Vital statistics of India. Vol. IV, Annual returns from 1871 to 1876. British Army of India, Native Army and jails of Bengal
Year: 1871
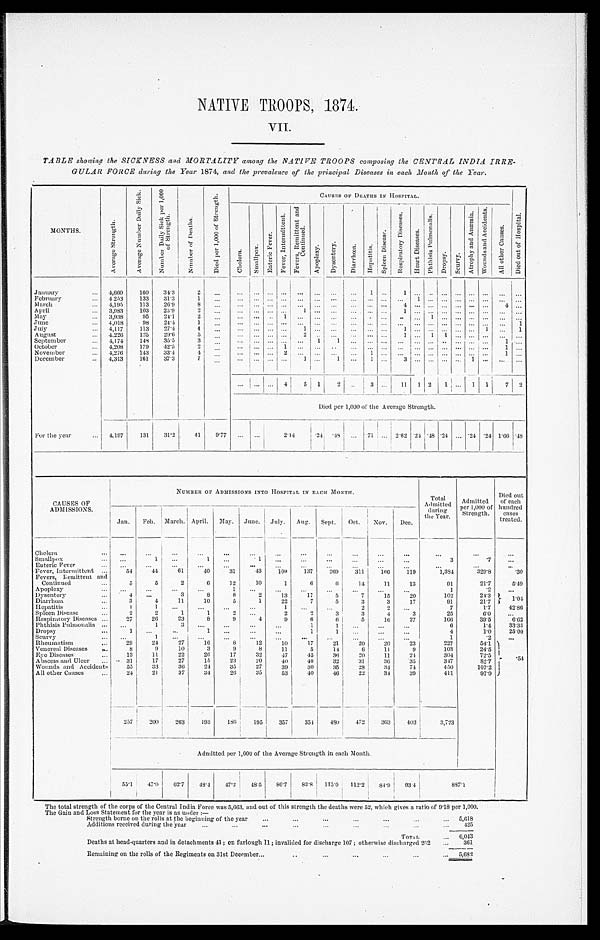
NATIVE TROOPS, 1874.
VII.
TABLE showing. the SICKNESS and MORTALITY among the NATIVE TROOPS composing the CENTRAL INDIA IRRE
-
GULAR FORCE during the Year 1874, and the prevalence of the principal Diseases in each Month of the Year.
M O N T H S .
A v e r a g e S t r e n g t h .
A v e r a g e N u m b e r D a i l y S i c k .
N u m b e r D a i l y S i c k p e r 1 , 0 0 0
o f S t r e n g t h .
N u m b e r o f D e a t h s .
D i e d p e r 1 , 0 0 0 o f S t r e n g t h .
C A U S E S O F D E A T H S I N H O S P I T A L .
D i e d o u t o f H o s p i t a l .
C h o l e r a .
S m a l l p o x .
E n t e r i c F e v e r .
F e v e r , I n t e r m i t t e n t .
F e v e r s , R e m i t t e n t a n d
C o n t i n u e d .
A p o p l e x y .
D y s e n t e r y .
D i a r r h œ a .
He p a t i t i s .
S p l e e n D i s e a s e .
R e s p i r a t o r y D i s e a s e s .
H e a r t D i s e a s e s .
P h t h i s i s P u l m o n a l i s .
Dr o p s y .
S c u r v y .
A t r o p h y a n d A n æ m i a .
Wo u n d s a n d Ac c i d e n t s .
A l l o t h e r C a u s e s .
January . . .
4,660
160
34.3
2
. . .
. . .
. . .
. . .
. . .
. . .
. . .
. . .
. . . 1
. . .
1
. . .
. . .
. . .
. . .
. . . . . .
. . .
. . .
February . . .
4, 253
133
31.3
1
. . .
. . .
. . .
. . .
. . .
. . .
. . .
. . .
. . . . . .
. . .
. . . 1
. . .
. . . . . .
. . . . . .
. . .
. . .
March . . .
4,195
113
26.9
8
. . .
. . .
. . .
. . .
. . .
. . .
. . .
. . .
. . . . . .
. . .
4 . . .
. . .
. . .
. . .
. . .. . .
4
. . .
April . . .
3,983
103
25.9
2
. . .
. . .
. . .
. . .
. . .
1
. . .
. . .
. . . . . .
. . .
1 . . .
. . .
. . .
. . .
. . . . . .
. . .
. . .
May . . .
3,938
95
2 4 . 1
2
. . .
. . .
. . .
. . .
1
. . .
. . .
. . .
. . . . . .
. . .
. . .
. . .
1
. . .
. . .
. . . . . . . . .
. . .
June . . .
4,018
98
24.4
1
. . .
. . .
. . .
. . .
. . .
. . .
. . .
. . .
. . . . . .
. . .
. . .
. . .
. . .
. . .
. . .
. . . . . .
. . .
1
July . . .
4,117
113
27.4
4
. . .
. . .
. . .
. . .
. . .
1
. . .
. . .
. . . . . .
. . .
1 . . .
. . .
. . .
. . .
. . . 1
. . .
1
August . . .
4,226
125
29.6
5
. . .
. . .
. . .
. . .
. . .
2
. . .
. . .
. . . . . .
. . .
1
. . .
1
1
. . .
. . . . . .
. . .
. . .
September . . .
4,174
148
35.5
3
. . .
. . .
. . .
. . .
. . .
. . .
1
1
. . . . . .
. . .
. . .
. . .
. . .
. . .
. . .
. . . . . .
1
. . .
October . . .
4, 208
179
42.5
2
. . .
. . .
. . .
. . . 1
. . .
. . .
. . .
. . . . . .
. . .
. . .
. . .
. . .
. . .
. . .
. . . . . .
1
. . .
November . . .
4,276
143
33.4
4
. . .
. . .
. . .
. . .
2
. . .
. . .
. . .
. . . 1
. . .
. . . . . .
. . .
. . .
. . .
. . .. . .
1
. . .
December . . .
4,313
161
37.3
7
. . .
. . .
. . .
. . .
. . .
1
. . .
1
. . . 1
. . .
3 . . .
. . .
. . .
. . .
1 . . . . . .
. . .
. . .
. . .
. . .
4
5
1
2
. . .
3
. . .
11
1 2
1
. . .
1 1
7
2
Died per 1,000 of the Average Strength.
For the year . . .
4,197
131
31.2
41
9.77
. . .
. . .
2 . 1 4
. 2 4
. 4 8
. . .
.71
. . . 2.62 .24 .48 .24
. . . .24 .24 1.66 .48
CAUSES OF
ADMISSIONS.
NUMBER OF ADMISSIONS INTO HOSPITAL IN EACH MONTH.
Total
Admitted
during
the Year.
Admitted
per 1,000 of
Strength.
Died out
of each
hundred
cases
treated.
Jan.
Feb.
March. April.
May.
J u n e .
July.
Aug.
Sept.
Oct.
Nov.
Dec.
Cholera . . .
. . .
. . .
. . .
. . .
. . .
. . .
. . .
. . .
. . .
. . .
. . .
. . .
. . .
. . .
. . .
Smallpox . . .
. . .
1
. . .
1
. . .
1
. . .
. . .
. . .
. . .
. . .
. . .
3
.7
. . .
Enteric Fever . . .
. . .
. . .
. . .
. . .
. . .
. . .
. . .
. . .
. . .
. . .
. . .
. . .
. . .
. . .
. . .
Fever, Intermittent . . .
54
44
61
40
31
43
109
137
269
311
166
119
1,384
329.8
.30
Fevers, Remittent and
Continued . . .
5
5
2
6
12
10
1
6
6
14
11
13
91
21.7
5.49
Apoplexy . . .
. . .
. . .
. . .
. . .
1
. . .
. . .
. . .
. . .
. . .
. . .
. . .
1
.2
. . .
Dysentery . . .
4
. . .
3
8
8
2
13
17
5
7
15
20
102
24.3
1 . 0 4
Diarrhœa . . .
3
4
11
10
5
1
22
7
5
3
3
17
91
21.7
Hepatitis . . .
1
1
. . .
. . .
. . .
. . .
1
. . .
. . .
2
2
. . .
7
1.7
42.86
Spleen Disease . . .
2
2
1
1
2
. . .
2
2
3
3
4
3
25
6 . 0
. . .
Respiratory Diseases . . .
27
26
23
8
9
4
9
6
6
5
16
27
166
39.5
6.62
Phthisis Pulmonalis . . .
. . .
1
3
. . .
. . .
. . .
. . .
1
1
. . .
. . .
. . .
6
1.4
33.33
Dropsy . . .
1
. . .
. . .
1
. . .
. . .
. . .
1
1
. . .
. . .
. . .
4
1.0
25.00
Scurvy . . .
. . .
1
. . .
. . .
. . .
. . .
. . .
. . .
. . .
. . .
. . .
. . .
1
.2
. . .
Rheumatism . . .
29
24
27
16
8
12
10
17
21
20
20
23
227
54.1 . 5 4
Venereal Diseases . . .
8
9
10
3
9
8
11
5
14
6
11
9
103
24.5
Eye Diseases . . .
13
11
22
26
17
32
47
45
36
20
11
24
304
72.5
Abscess and Ulcer . . .
31
17
27
15
23
20
40
40
32
31
36
35
347
82.7
Wounds and Accidents . . .
55
33
36
24
35
2 7
39
30
35
28
34
74
450
107.2
All other Causes . . .
24
21
37
34
26
35
53
40
46
22
34
39
411
97.9
257
200
263
193
186
195
357
354
480
472
363
403
3,723
Admitted per 1,000 of the Average Strength in each Month.
5 5 . 1
47.0
6 2 . 7
48.4
47.2
48.5
8 6 . 7
83.8
115.0
112.2
84.9 93.4 8 9 7 . 1
The total strength of the corps of the Central India Force was 5,663, and out of this strength the deaths were 52, which gives a ratio of 9.18 per 1,000.
The Gain and Loss Statement for the year is as under:—
Strength borne on the rolls at the beginning of the year . . .
5,618
Additions received during the year . . .
4 2 5
TOTAL . . .
6,043
Deaths at head-quarters and in detachments 41; on furlough 11; invalided for discharge 107; otherwise discharged 262 . . .
361
Remaining on the rolls of the Regiments on 31st December . . .
5,682